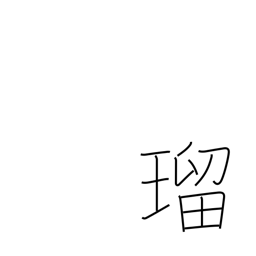
Meaning: lapis lazuli